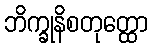
ဘိက္ခုနိစတုတ္ထော